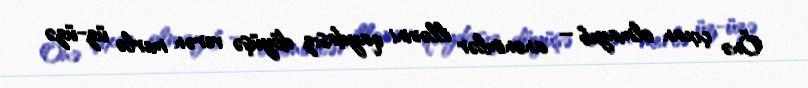
Önə çıxan olmayıb – anonimlər illərini qaydasız döyüşə verən merlə üz-üzə